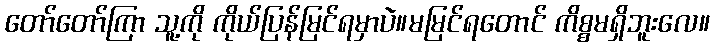
တော်တော်ကြာ သူ့ကို ကိုယ်ပြန်မြင်ရမှာပဲ။မမြင်ရတောင် ကိစ္စမရှိဘူးလေ။